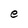
Character: e